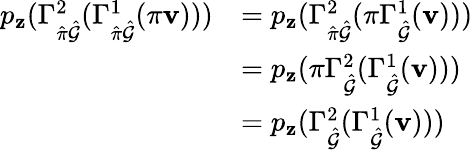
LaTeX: \begin{array}{rl}{p_{\mathbf{z}}(\Gamma_{\hat{\pi}\hat{\mathcal{G}}}^{2}(\Gamma_{\hat{\pi}\hat{\mathcal{G}}}^{1}(\pi\mathbf{v})))}&{=p_{\mathbf{z}}(\Gamma_{\hat{\pi}\hat{\mathcal{G}}}^{2}(\pi\Gamma_{\hat{\mathcal{G}}}^{1}(\mathbf{v})))}\\ &{=p_{\mathbf{z}}(\pi\Gamma_{\hat{\mathcal{G}}}^{2}(\Gamma_{\hat{\mathcal{G}}}^{1}(\mathbf{v})))}\\ &{=p_{\mathbf{z}}(\Gamma_{\hat{\mathcal{G}}}^{2}(\Gamma_{\hat{\mathcal{G}}}^{1}(\mathbf{v})))}\end{array}